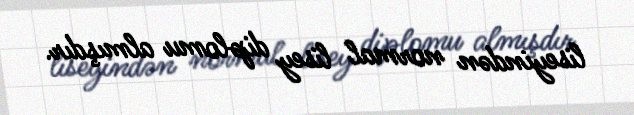
liseyindən normal lisey diplomu almışdır.